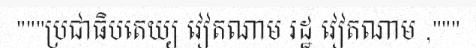
"""ប្រជាធិបតេយ្យ វៀតណាម រដ្ឋ វៀតណាម ,"""